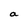
Character: a